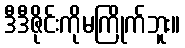
ဒီဒီဇိုင်းကိုမကြိုက်ဘူး။